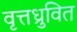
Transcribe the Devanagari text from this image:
वृत्तध्रुवित